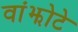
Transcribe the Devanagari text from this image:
वांझोटे